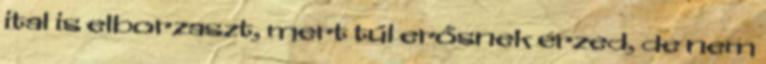
ital is elborzaszt, mert túl erősnek érzed, de nem